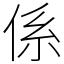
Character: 係